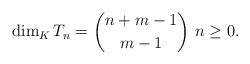
LaTeX: \begin{align*}\dim_K T_n = \binom{n + m -1}{m-1} \ n \geq 0.\end{align*}